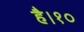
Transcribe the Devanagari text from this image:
है।१०